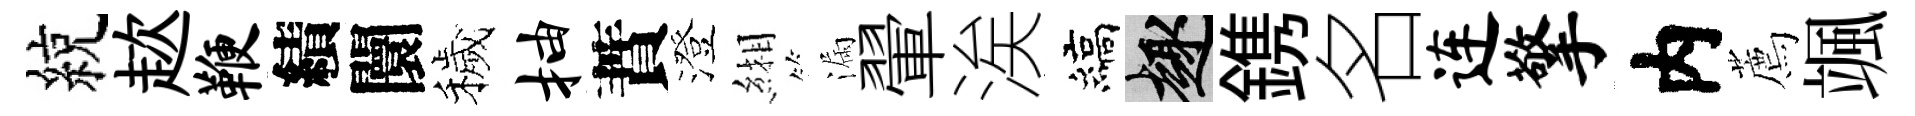
綂趑鞭績闤穢抽蕡澄緗漏翬涘縞趣鎸名连擎内薦颯